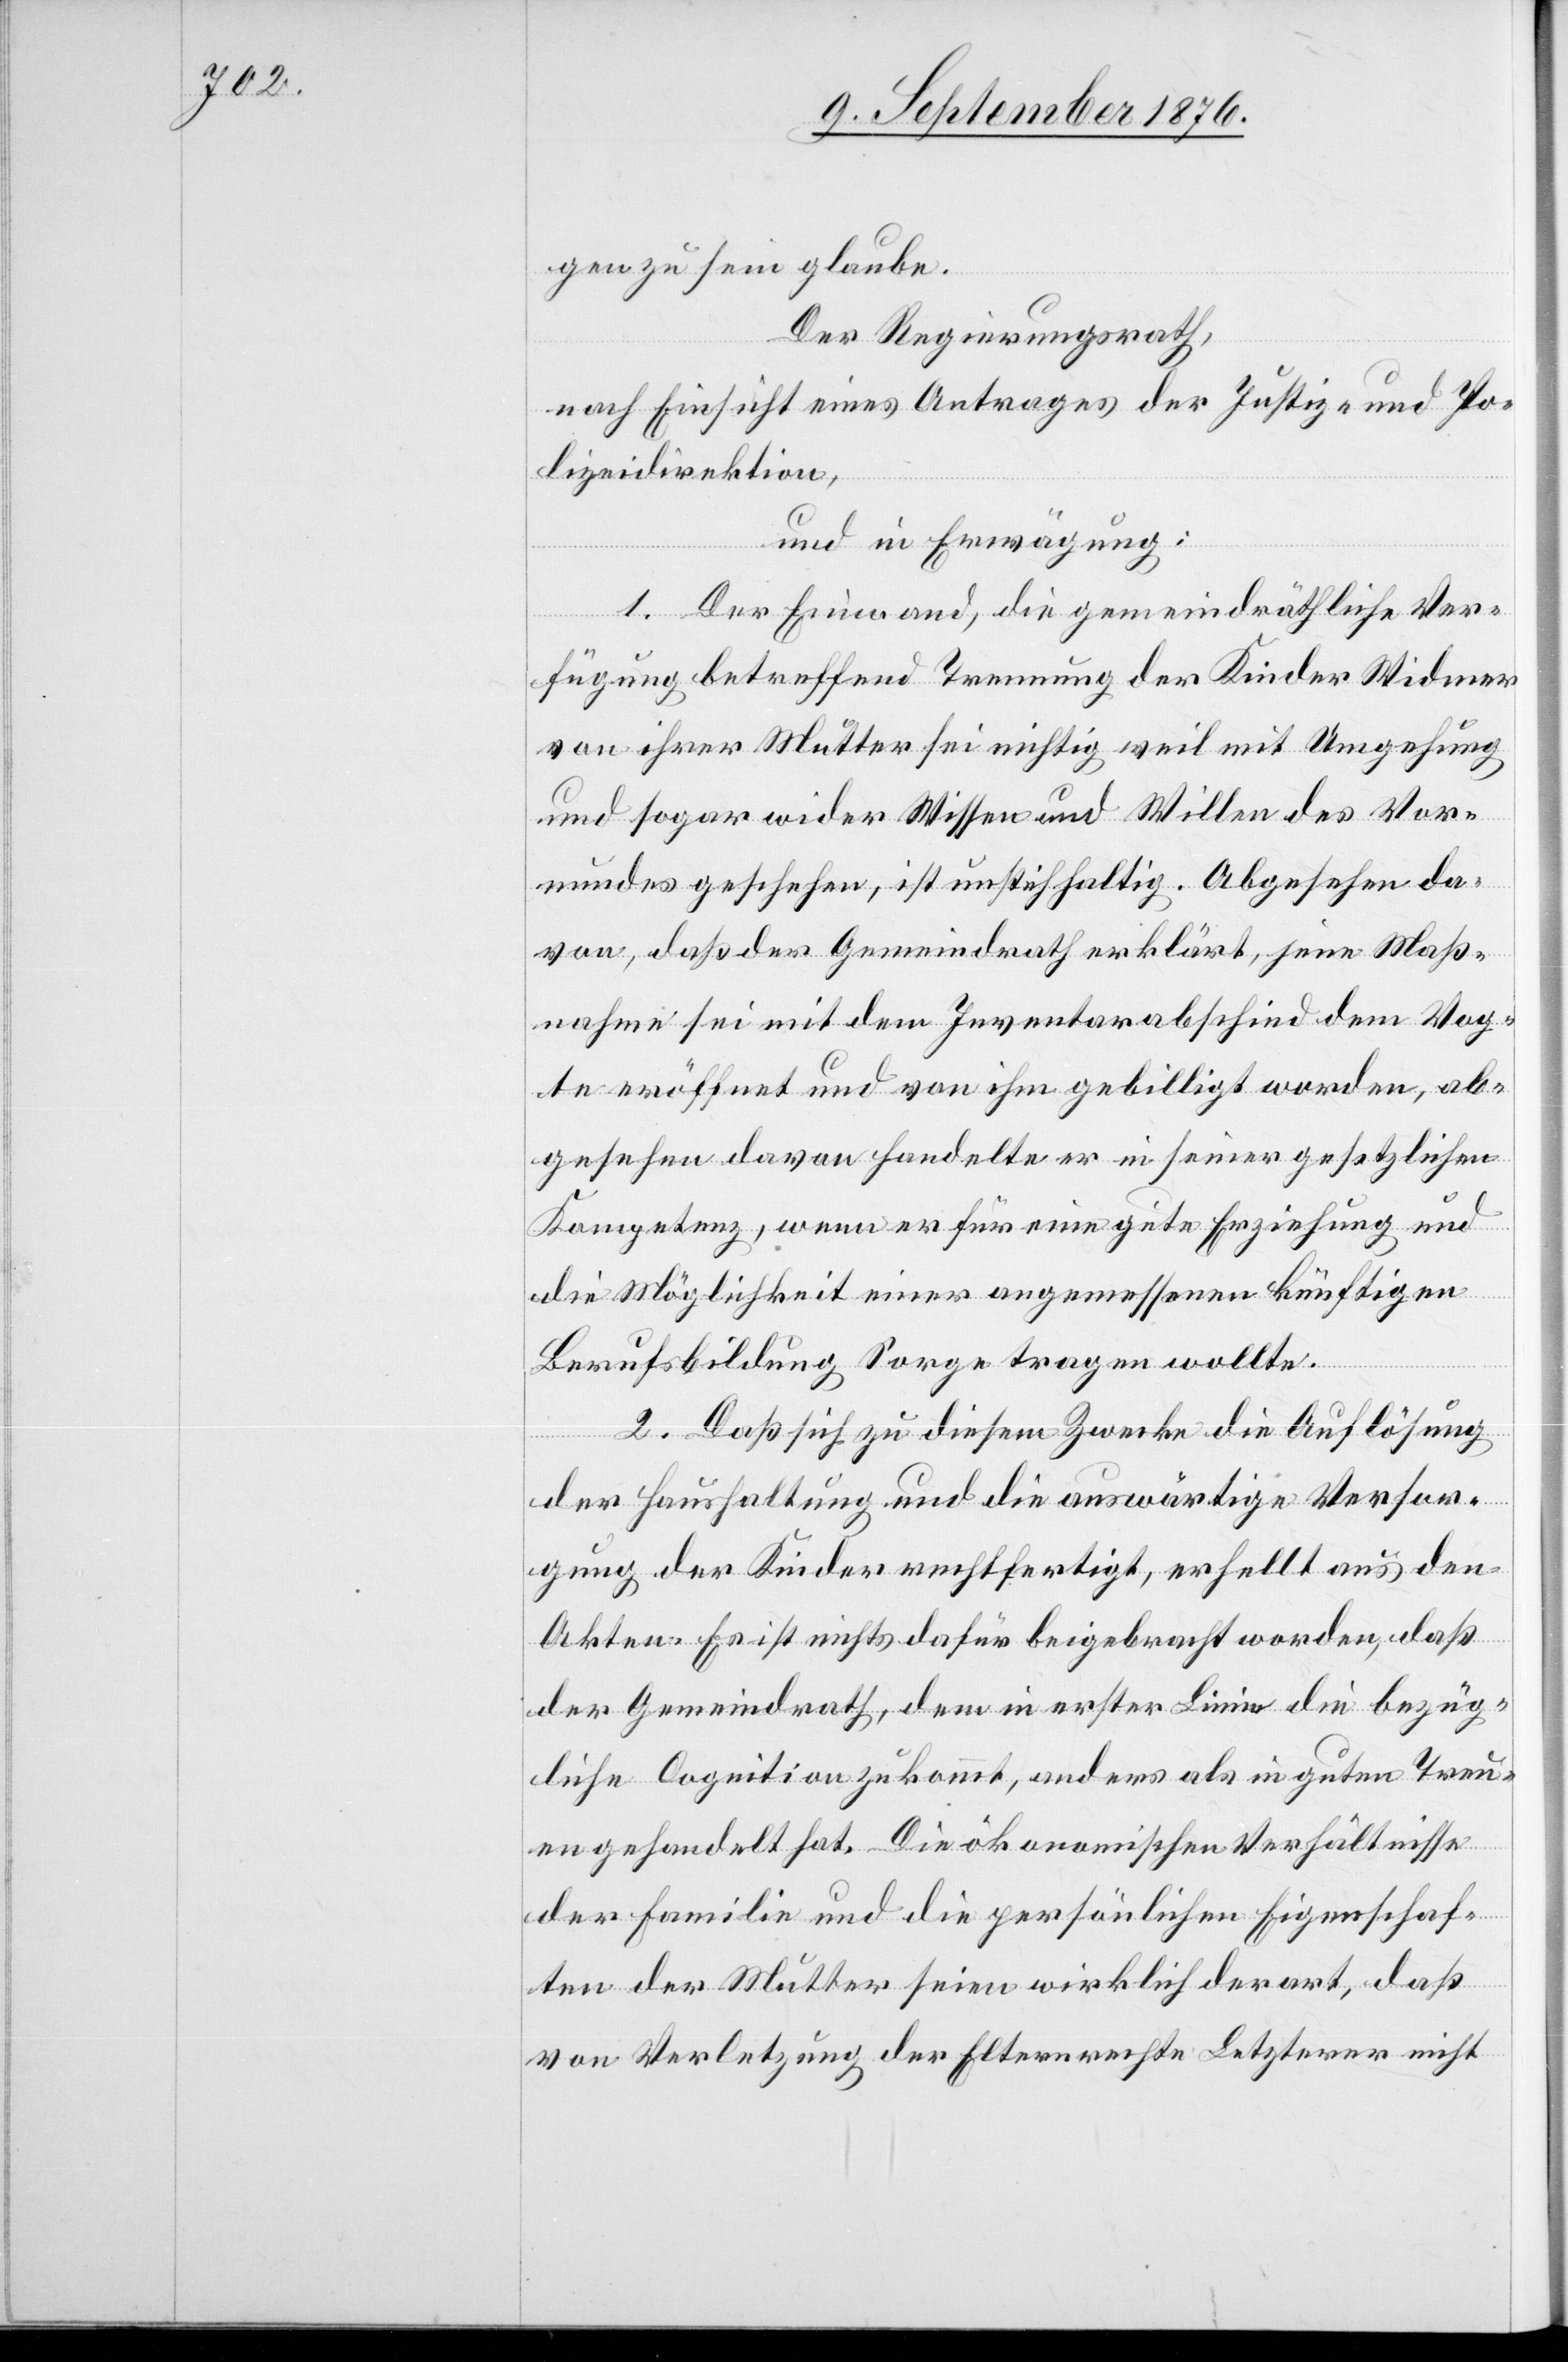
gen zu sein glaube.
Der Regierungsrath,
nach Einsicht eines Antrages der Justiz- und Po¬
lizeidirektion,
und in Erwägung
1. Der Einwand, die gemeindräthliche Ver¬
fügung betreffend Trennung der Kinder Widmer
von ihrer Mutter sei richtig weil mit Umgehung
und sogar wider Wissen und Willen des Vor¬
mundes geschehen, ist unstichhaltig. Abgesehen da¬
von, daß der Gemeindrath erklärt, jene Maß¬
nahme sei mit dem Inventarabschied dem Vog¬
te eröffnet und von ihm gebilligt worden, ab¬
gesehen davon handelte er in seiner gesetzlichen
Kompetenz, wenn er für eine gute Erziehung und
die Möglichkeit einer angemessenen künftigen
Berufsbildung Sorgen tragen wollte.
2. Daß sich zu diesem Zwecke die Auflösung
der Haushaltung und die auswärtige Versor¬
gung der Kinder rechtfertigt, erhellt aus den
Akten. Es ist nichts dafür beigebracht worden, daß
der Gemeindrath, dem in erster Linie die bezüg¬
liche Cognition zukommt, anders als in guten Treu¬
en gehandelt hat. Die ökonomischen Verhältnisse
der Familie und die persönlichen Eigenschaf¬
ten der Mutter seien wirklich derart, daß
von Verletzung der Elternrechte Letzterer nicht